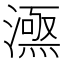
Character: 𣾎